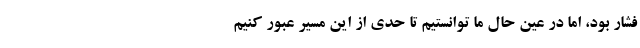
فشار بود، اما در عین حال ما توانستیم تا حدی از این مسیر عبور کنیم